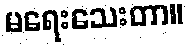
မရေးသေးတာ။